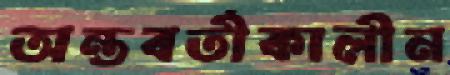
অন্তবর্তীকালীন